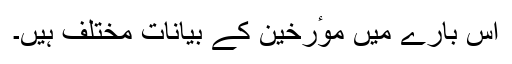
اس بارے میں موٴرخین کے بیانات مختلف ہیں۔